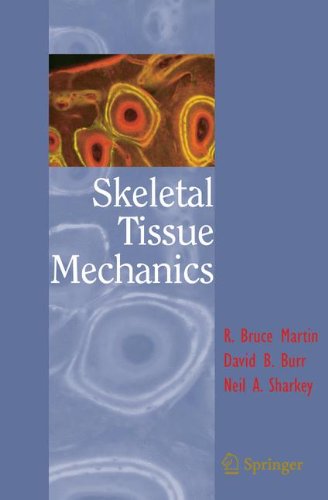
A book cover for Skeletal Tissue Mechanics; R. Bruce Bach; Medical Books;